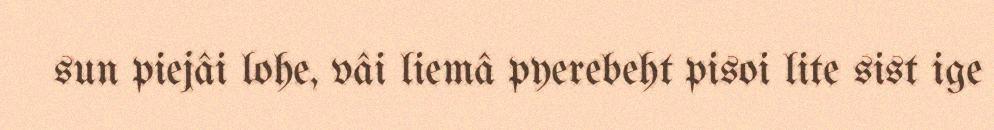
sun piejâi lohe, vâi liemâ pyerebeht pisoi lite sist ige